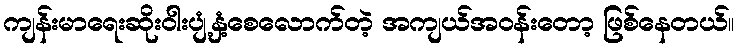
ကျန်းမာရေးဆိုးဝါးပျံ့နှံ့စေလောက်တဲ့ အကျယ်အဝန်းတော့ ဖြစ်နေတယ်။